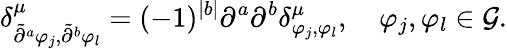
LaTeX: \delta_{\tilde{\partial}^{a}\varphi_{j},\tilde{\partial}^{b}\varphi_{l}}^{\mu}=(-1)^{|b|}\partial^{a}\partial^{b}\delta_{\varphi_{j},\varphi_{l}}^{\mu},\quad\varphi_{j},\varphi_{l}\in{\cal G}.